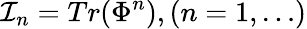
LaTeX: {\cal I}_{n}=Tr(\Phi^{n}),(n=1,\ldots)